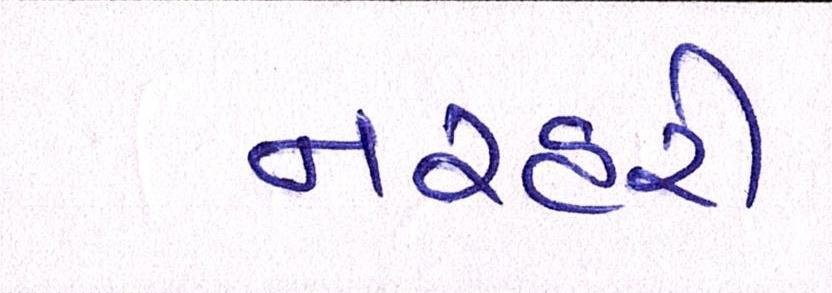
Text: નરહરી